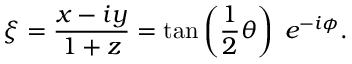
\xi = { \frac { x - i y } { 1 + z } } = \tan \left( { \frac { 1 } { 2 } } \theta \right) \; e ^ { - i \phi } .